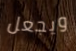
ويجعل